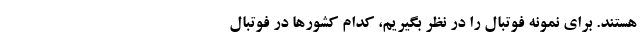
هستند. برای نمونه فوتبال را در نظر بگیریم، کدام کشورها در فوتبال